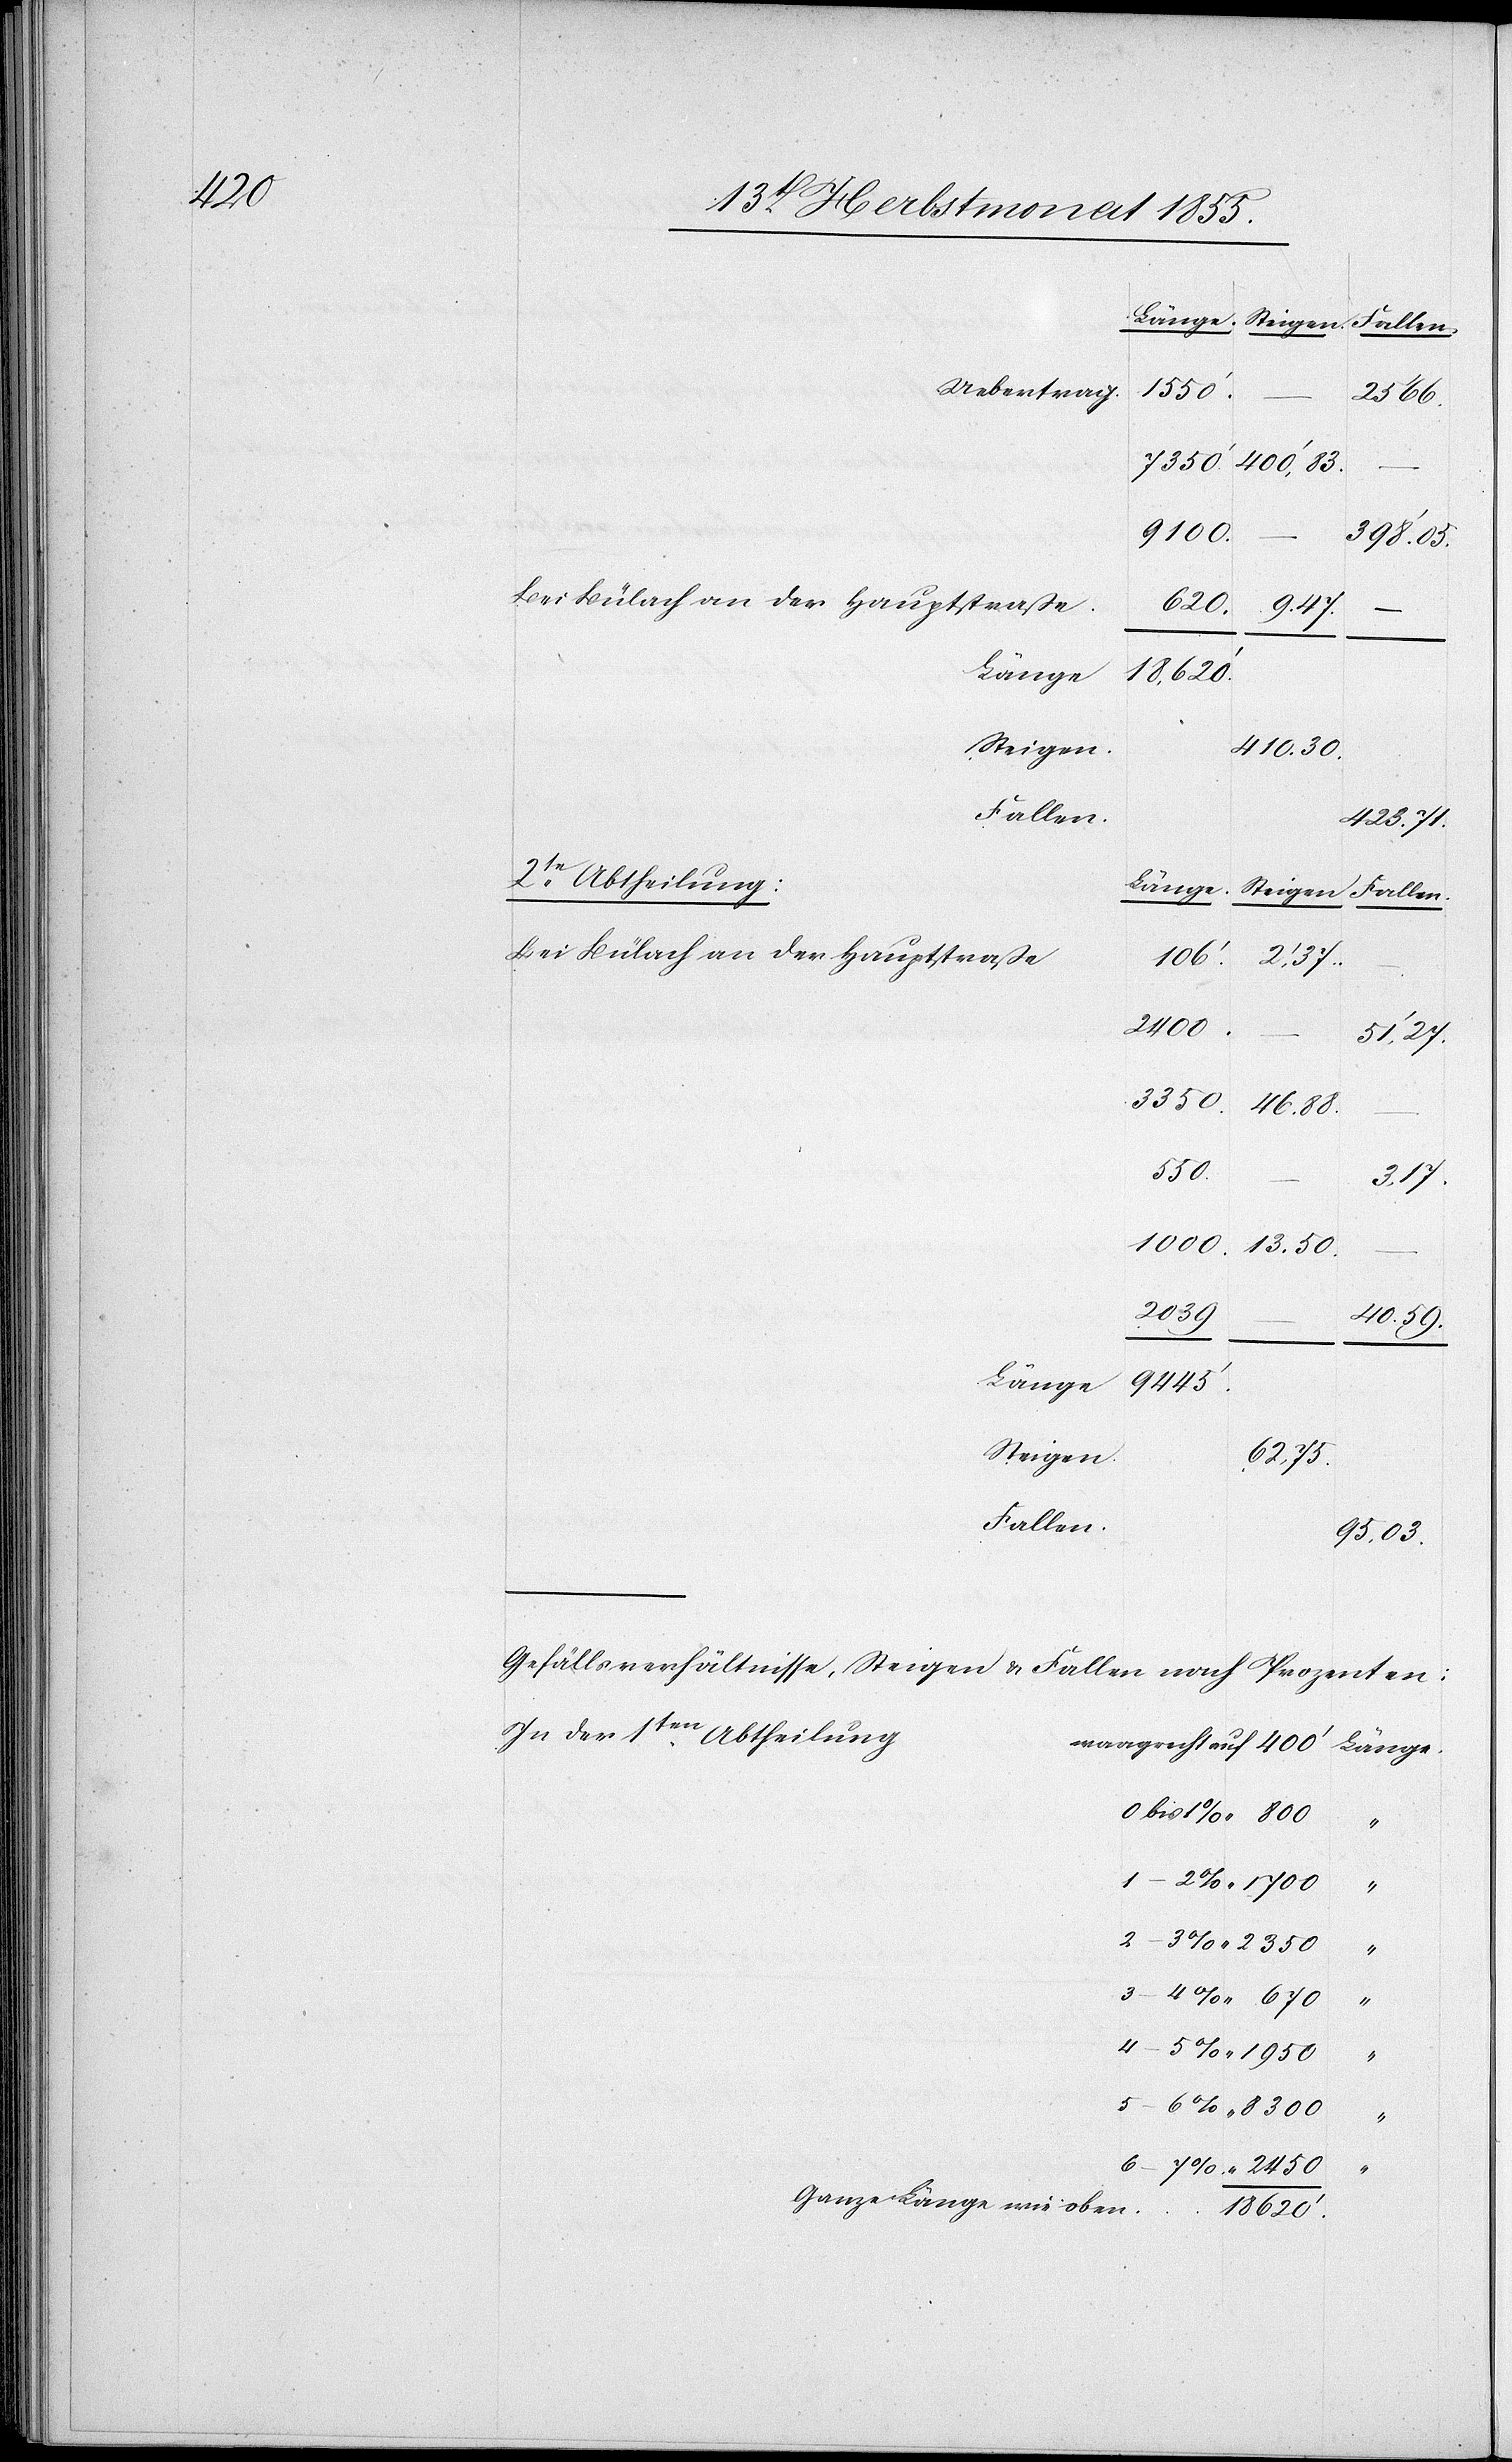
670

Länge.
Steigen
Fallen.
400‘, 83.
2450
“
“ 1700
0 bis
Bei Bülach an der Hauptstraße.
620.
9. 47.
–
106‘.
Steigen.
410. 30.
Fallen.
423. 71.
2te. Abtheilung:
Bei Bülach an der Hauptstraße
2‘, 37.
2400.
51‘, 27.
3350.
40. 59.
8300
–
3, 17.
2039
9445‘.
Steigen
62, 75.
Fallen.
400‘
Gefällsverhältnisse, Steigen & Fallen nach Prozenten:
In der 1ten. Abtheilung
4
Ganze Länge wie oben
18 620‘.